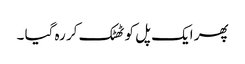
پھر ایک پل کو ٹھٹک کر رہ گیا ۔